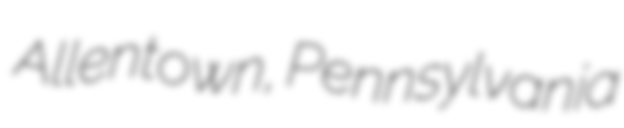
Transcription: Allentown, Pennsylvania